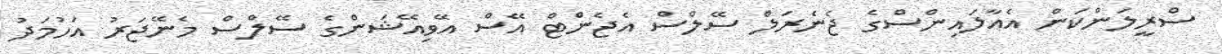
ސްރީލަންކަން އެއާލައިންސްގެ ޖެނެރަލް ސޭލްސް އެޖެންޓް އޭސް އޭވިއޭޝަންގެ ސޭލްސް މެނޭޖަރު އަހުމަދު